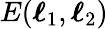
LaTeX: E(\boldsymbol{\ell}_{1},\boldsymbol{\ell}_{2})